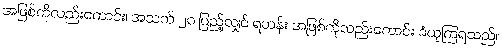
အဖြစ်ကိုလည်းကောင်း၊ အသက် ၂၀ ပြည့်လျှင် ရဟန်း အဖြစ်ကိုလည်းကောင်း ခံယူကြရသည်။